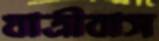
যাত্রীবাস